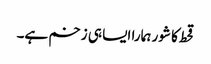
قحط کا شور ہمارا ایسا ہی زخم ہے۔